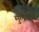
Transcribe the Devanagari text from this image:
मुलदव्ये